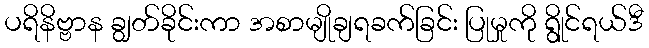
ပရိနိဗ္ဗာန ချွတ်ခိုင်းကာ အစာမျိုချရခက်ခြင်း ပြုမှုကို ရွိုင်ရယ်ဒီ